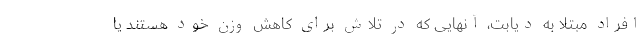
افراد مبتلا به دیابت، آنهایی که در تلاش برای کاهش وزن خود هستند یا